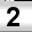
Digit: 2